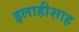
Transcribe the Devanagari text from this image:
इलाहीशाह